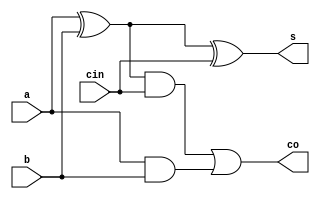
`timescale 1ns / 1ps
//////////////////////////////////////////////////////////////////////////////////
// Company: 
// Engineer: 
// 
// Design Name: 
// Module Name:    fa 
// Project Name: 
// Target Devices: 
// Tool versions: 
// Description: 
//
// Dependencies: 
//
// Revision: 
// Revision 0.01 - File Created
// Additional Comments: 
//
//////////////////////////////////////////////////////////////////////////////////
module fa(a,b,cin,s,co
    );
	output s,co;
	input a,b,cin;
	wire n1,n2,n3;
	and(n1,a,b);
	xor(n2,a,b);
	xor(s,n2,cin);
	and(n3,n2,cin);
	or(co,n3,n1);
endmodule